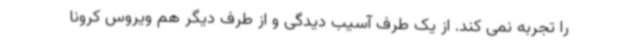
را تجربه نمی کند. از یک طرف آسیب دیدگی و از طرف دیگر هم ویروس کرونا